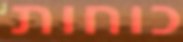
כוחות